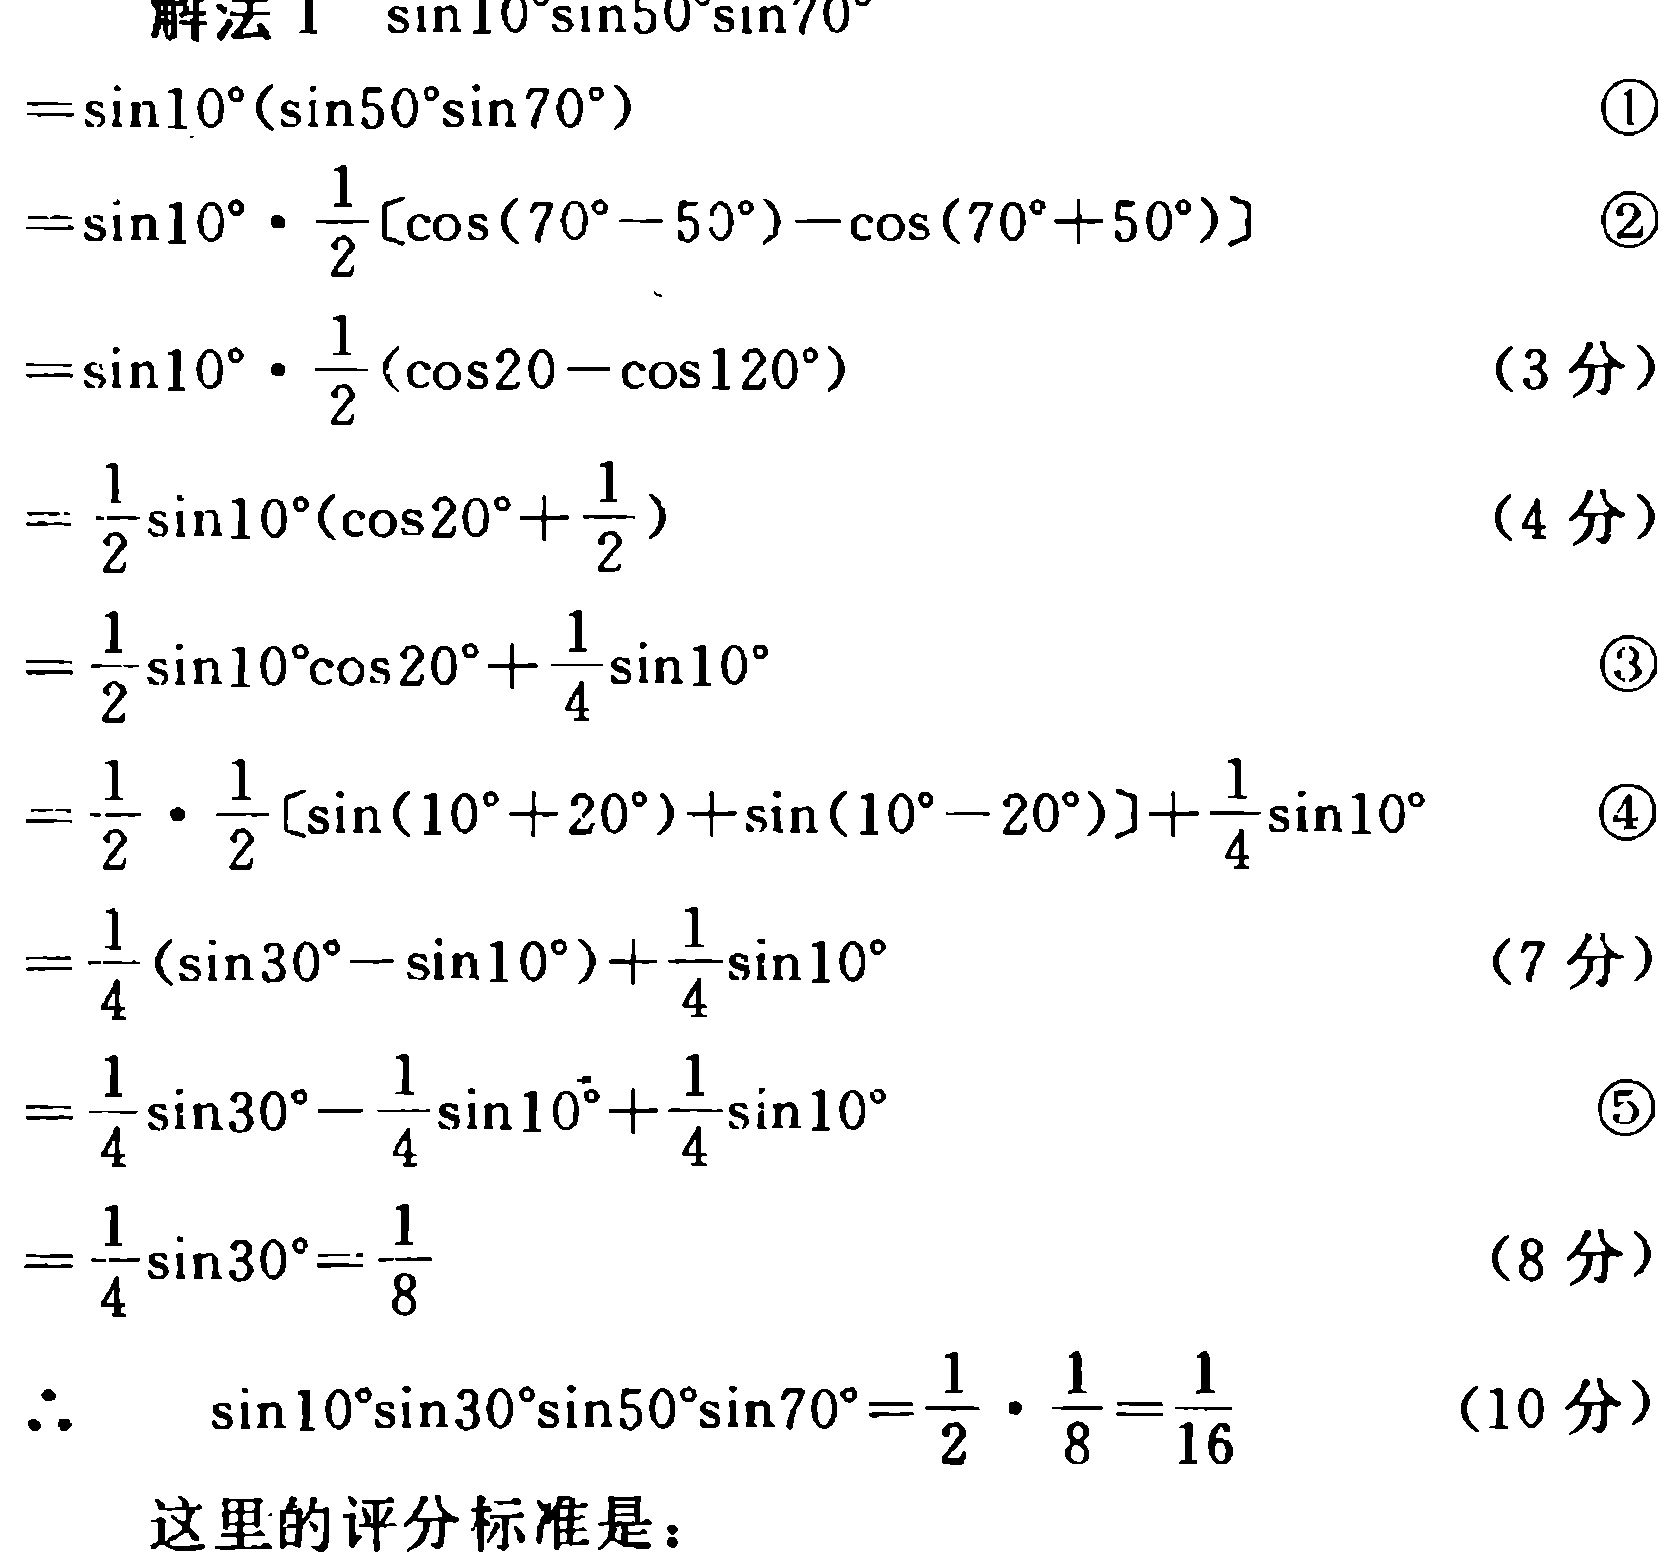
\begin{align*}
&\text{解法Ⅰ}\quad\sin10^{\circ}\sin50^{\circ}\sin70^{\circ}\\
&=\sin10^{\circ}(\sin50^{\circ}\sin70^{\circ})&\text{\textcircled{1}}\\
&=\sin10^{\circ}\cdot\frac{1}{2}[\cos(70^{\circ}-50^{\circ})-\cos(70^{\circ}+50^{\circ})]&\text{\textcircled{2}}\\
&=\sin10^{\circ}\cdot\frac{1}{2}(\cos20 - \cos120^{\circ})&(3\text{ 分})\\
&=\frac{1}{2}\sin10^{\circ}(\cos20^{\circ}+\frac{1}{2})&(4\text{ 分})\\
&=\frac{1}{2}\sin10^{\circ}\cos20^{\circ}+\frac{1}{4}\sin10^{\circ}&\text{\textcircled{3}}\\
&=\frac{1}{2}\cdot\frac{1}{2}[\sin(10^{\circ}+20^{\circ})+\sin(10^{\circ}-20^{\circ})]+\frac{1}{4}\sin10^{\circ}&\text{\textcircled{4}}\\
&=\frac{1}{4}(\sin30^{\circ}-\sin10^{\circ})+\frac{1}{4}\sin10^{\circ}&(7\text{ 分})\\
&=\frac{1}{4}\sin30^{\circ}-\frac{1}{4}\sin10^{\circ}+\frac{1}{4}\sin10^{\circ}&\text{\textcircled{5}}\\
&=\frac{1}{4}\sin30^{\circ}=\frac{1}{8}&(8\text{ 分})\\
&\therefore\quad\sin10^{\circ}\sin30^{\circ}\sin50^{\circ}\sin70^{\circ}=\frac{1}{2}\cdot\frac{1}{8}=\frac{1}{16}&(10\text{ 分})\\
&\text{这里的评分标准是：}
\end{align*}